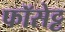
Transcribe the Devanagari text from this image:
फॉसेट्ट